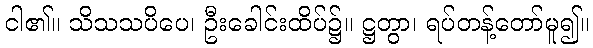
ငါ၏။ သိသသပိပေ၊ ဦးခေါင်းထိပ်၌။ ဋ္ဌတွာ၊ ရပ်တန့်တော်မူ၍။